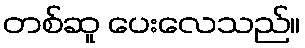
တစ်ဆူ ပေးလေသည်။